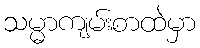
သမ္မာကျမ်းစာထဲမှာ